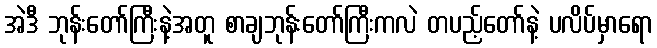
အဲဒီ ဘုန်းတော်ကြီးနဲ့အတူ စာချဘုန်းတော်ကြီးကလဲ တပည့်တော်နဲ့ ပလိပ်မှာရော